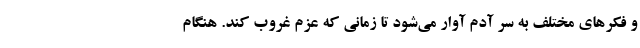
و فکرهای مختلف به سر آدم آوار می‌شود تا زمانی که عزم غروب کند. هنگام